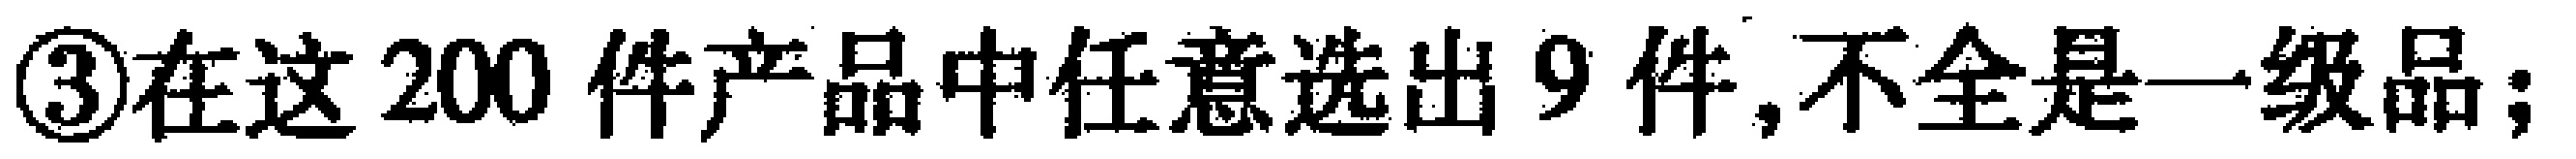
\textcircled{3}在这200件产品中任意选出9件,不全是一级品;